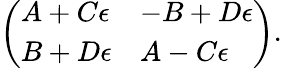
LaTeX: {\left(\begin{array}{ll}{A+C\epsilon}&{-B+D\epsilon}\\ {B+D\epsilon}&{A-C\epsilon}\end{array}\right)}.